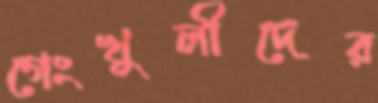
গেংখুলীদের